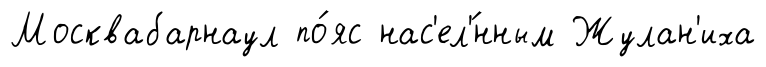
Москвабарнаул по́яс нас'ел'́нным Жулан'иха